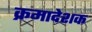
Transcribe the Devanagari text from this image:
क्रमादेशक